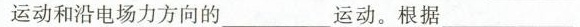
运动和沿电场力方向的___运动。根据___